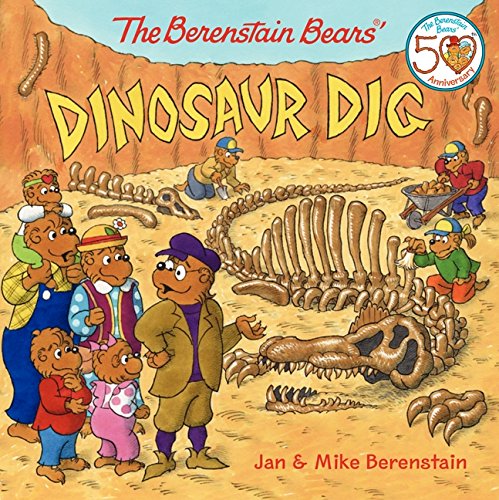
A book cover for The Berenstain Bears' Dinosaur Dig; Jan Berenstain; Children's Books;